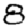
Digit: 8